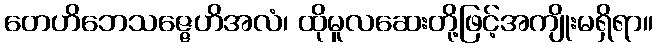
တေဟိဘေသဇ္ဇေဟိအလံ၊ ထိုမူလဆေးတို့ဖြင့်အကျိုးမရှိရာ။